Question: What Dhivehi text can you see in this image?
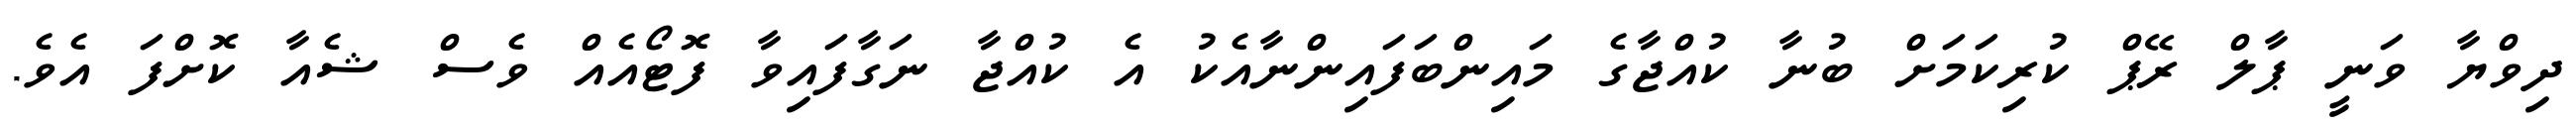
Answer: ދިވްޔާ ވަނީ ޕާލް ރޭޕް ކުރިކަމަށް ބުނާ ކުއްޖާގެ މައިންބަފައިންނާއެކު އެ ކުއްޖާ ނަގާފައިވާ ފޮޓޯއެއް ވެސް ޝެއާ ކޮށްފަ އެވެ.